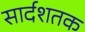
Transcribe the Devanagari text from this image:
सार्दशतक